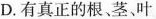
D.有真正的根、茎叶